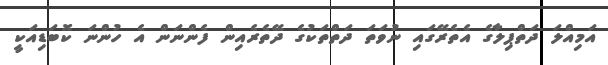
އަމިއްލަ ދަތްޕިލާގެ އެތެރޭގައި ނުވަތަ ދަތްތަކުގެ ދޭތެރެއިން ފެންނަން އެ ހުންނަ ކޮބަޑިއަކީ